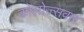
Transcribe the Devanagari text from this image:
कोलोज्सवार